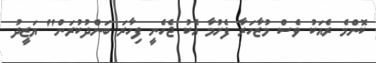
ކޮންމެ ރެއަކު ވެސް މުޒާހަރާ ފެށުމާ އެކު ޖެހެނީ ފިހާރަ ބަންދުކުރަން" ޔަޒީދު